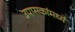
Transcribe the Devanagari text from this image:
उपासकांमध्ये